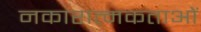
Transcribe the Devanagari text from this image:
नकारात्मकताओं